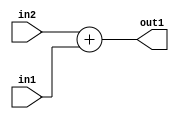
`timescale 1ps / 1ps
/*****************************************************************************
    Verilog RTL Description
    
    
    Created by: Stratus DpOpt 2019.1.01 
*******************************************************************************/

module SobelFilter_Add_11Ux9U_11U_1 (
	in2,
	in1,
	out1
	); /* architecture "behavioural" */ 
input [10:0] in2;
input [8:0] in1;
output [10:0] out1;
wire [10:0] asc001;

assign asc001 = 
	+(in2)
	+(in1);

assign out1 = asc001;
endmodule

/* CADENCE  ubL0TAs= : u9/ySgnWtBlWxVPRXgAZ4Og= ** DO NOT EDIT THIS LINE ******/